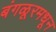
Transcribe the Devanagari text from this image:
बंगळूरमधून